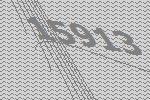
15913